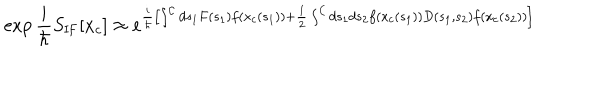
\exp { { \frac { i } { \hbar } } S _ { \mathrm { I F } } [ x _ { c } ] } \approx e ^ { { \frac { i } { \hbar } } \left[ \int ^ { \cal C } d s _ { 1 } F ( s _ { 1 } ) f ( x _ { c } ( s _ { 1 } ) ) + { \frac { 1 } { 2 } } \int ^ { \cal C } d s _ { 1 } d s _ { 2 } f ( x _ { c } ( s _ { 1 } ) ) D ( s _ { 1 } , s _ { 2 } ) f ( x _ { c } ( s _ { 2 } ) ) \right] }